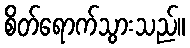
စိတ်ရောက်သွားသည်။